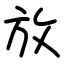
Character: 放